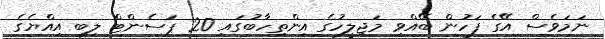
ނަމަވެސް އޭގެ ފަހުން ބޭއްވި މަޖިލީހުގެ އިންތިހާބުގައި 20 ޕަސެންޓް ލިބި އިއްޔެގެ